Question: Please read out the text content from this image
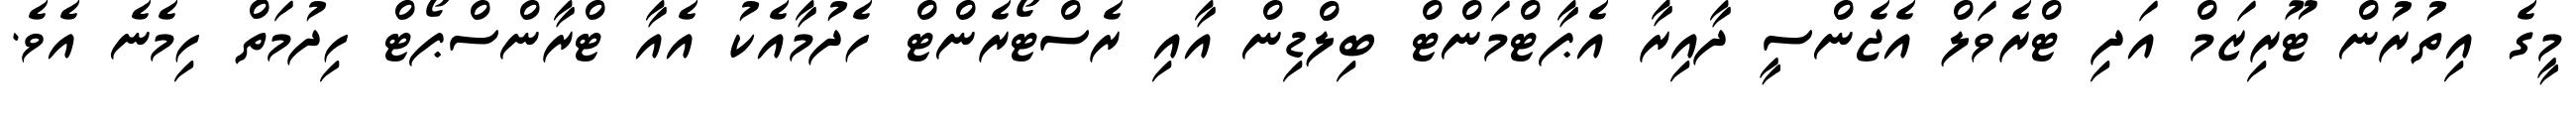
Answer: މީގެ އިތުރުން ޓޫރިޒަމް އަދި ޓްރެވަލް އެޖެންސީ ދާއިރާ އެޕާޓްމަންޓް ބިލްޑިން އާއި ރެސްޓޯރެންޓް ހެދުމާއެކު އެއާ ޓްރާންސްޕޯޓް ހިދުމަތް ހިމެނެ އެވެ.